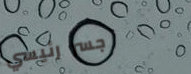
جسر رئيسي